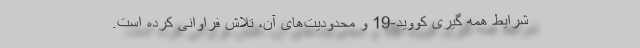
شرایط همه گیری کووید-19 و محدودیت‌های آن، تلاش فراوانی کرده است.